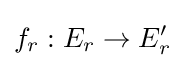
f_{r}:E_{r}\to E'_{r}